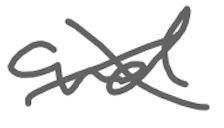
Text: and
Cross-out: cross
Writing tool: digital_gray